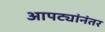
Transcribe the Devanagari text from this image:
आपट्यांनंतर